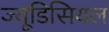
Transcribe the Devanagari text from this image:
ज्यूडिसियल